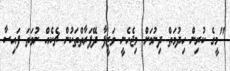
"މީގެ ކުރިން ހިދުމަތް ދިނުމަށް މިޖެހެނީ ވަޒީފާ ދޭފަރާތްތަކުން ޗެކެއް ނުވަތަ ފައިސާ